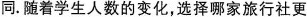
同。随着学生人数的变化，选择哪家旅行社更